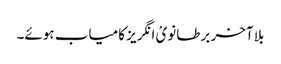
بلا آخر برطانویْ انگریز کامیاب ہوئے۔